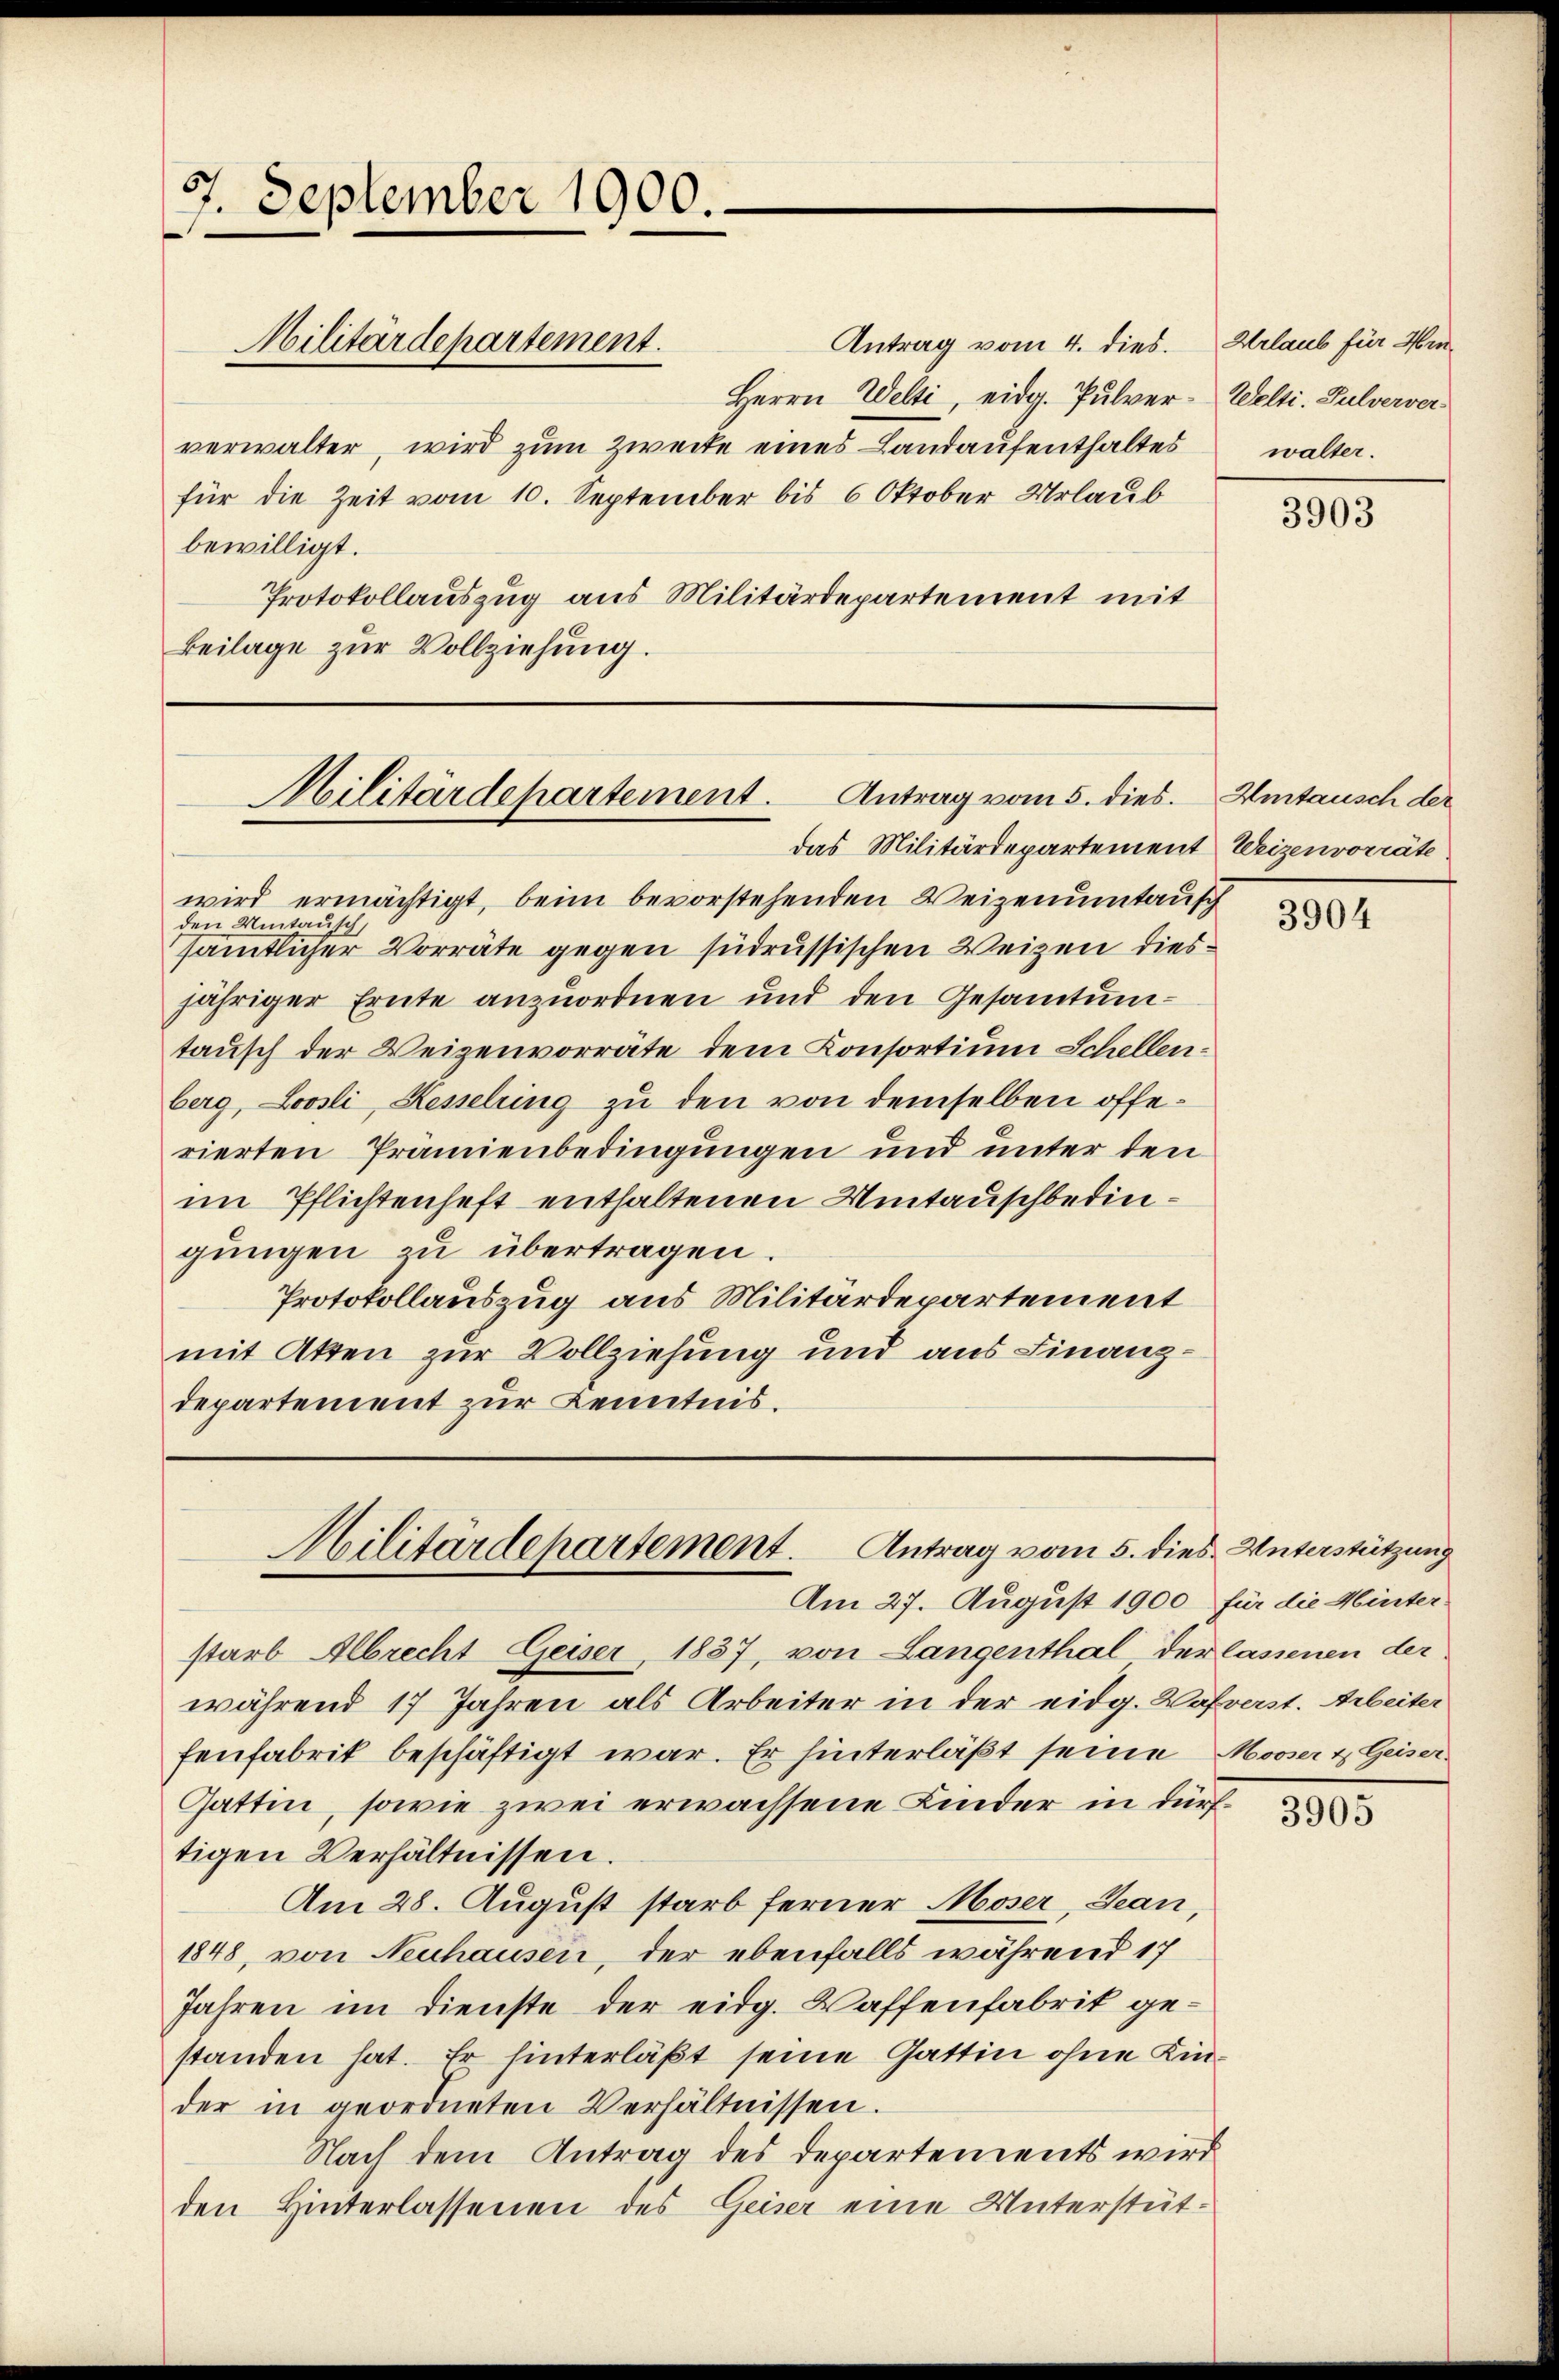
97. September 1900.
Militärdepartement.

Antrag vom 4. dies
Herrn Welti, eidg. Pulver-Welti. Pulverververwalter, wird zum Zwecke eines Landaufenthaltes
für die Zeit vom 10. September bis 6 Oktober Urlaub
bewilligt.
Protokollauszug aus Militärdepartement mit
Beilage zur Vollziehung.

Antrag vom 5. dies.
Militärdepartement.

das Militärdepartement Weizenvorräte.
wird ermächtigt, beim bevorstehenden Weizenumtausch
den Umtausch,
sämtlicher Vorräte gegen südrussischen Weizen diesjähriger Ernte anzuordnen und den Gesamtuntausch der Weigenvorräte dem Consortium Schellenberg, Loosli, Kesselring zu den von demselben offerierten Prämienbedingungen und unter den
im Pflichtenheft enthaltenen Umtauschbedingungen zu übertragen.
Protokollauszug aus Militärdepartement
mit Atten zur Vollziehung und aus Finanzdepartement zur Kenntnis.

starb Albrecht Geiser, 1837, von Langenthal der lassenen der
während 17 Jahren als Arbeiter in der eidg. Wahrerst. Arbeiter
fenfabrik beschäftigt war. Er hinterläßt seine Mooser & Geiser-
Gattin, sowie zwei erwachsene Kinder in dürftigen Verhältnissen.
Am 28. August starb ferner Moser, Sean,
1848, von Neuhausen, der ebenfalls während 17
Jahren im Dienste der eidg. Waffenfabrik gestanden hat. Er hinterläßt seine Gattin ohne Kinder in geordneten Verhältnissen.
Nach dem Antrag des Departements wird
den Hinterlassenen des Geiser eine Unterstüt¬

Militärdepartement. Antrag vom 5. dies Unterstützung
Am 27. August 1900 für die Minter

Urlaub für Hinwalter.

3903

Umtausch der

3904

3905